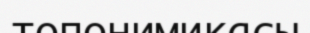
топонимикасы